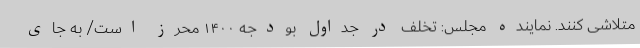
متلاشی کنند. نماینده مجلس: تخلف در جداول بودجه ۱۴۰۰ محرز است/ به جای